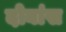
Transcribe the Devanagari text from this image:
दोघांस